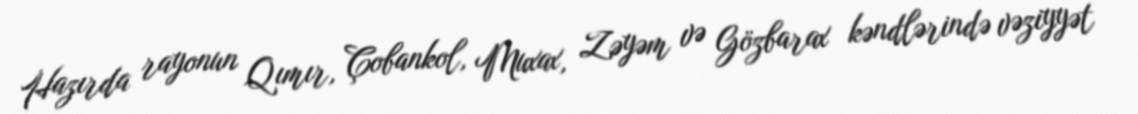
Hazırda rayonun Qımır, Çobankol, Muxax, Zəyəm və Gözbarax kəndlərində vəziyyət